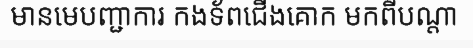
មានមេបញ្ជាការ កងទ័ពជើងគោក មកពីបណ្តា